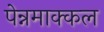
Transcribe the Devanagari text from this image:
पेन्नमाक्कल